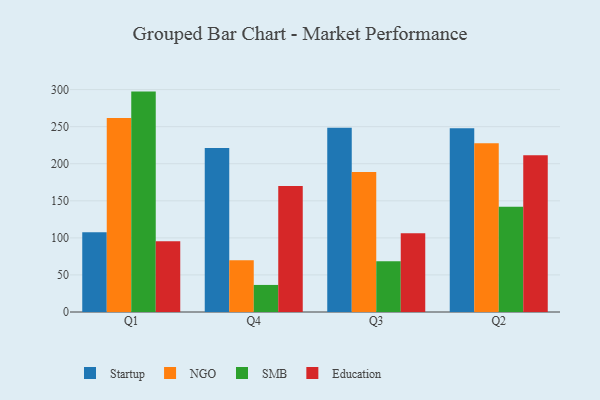
{"axis": {"x": "Quarter", "y": "Page Views"}, "legend": ["Education", "NGO", "SMB", "Startup"], "data": [{"x": "Q1", "y": 107.7, "type": "Startup"}, {"x": "Q1", "y": 261.8, "type": "NGO"}, {"x": "Q1", "y": 297.3, "type": "SMB"}, {"x": "Q1", "y": 95.6, "type": "Education"}, {"x": "Q4", "y": 221.1, "type": "Startup"}, {"x": "Q4", "y": 69.7, "type": "NGO"}, {"x": "Q4", "y": 36.5, "type": "SMB"}, {"x": "Q4", "y": 170.1, "type": "Education"}, {"x": "Q3", "y": 248.6, "type": "Startup"}, {"x": "Q3", "y": 188.7, "type": "NGO"}, {"x": "Q3", "y": 68.4, "type": "SMB"}, {"x": "Q3", "y": 106.3, "type": "Education"}, {"x": "Q2", "y": 247.7, "type": "Startup"}, {"x": "Q2", "y": 227.5, "type": "NGO"}, {"x": "Q2", "y": 142.1, "type": "SMB"}, {"x": "Q2", "y": 211.5, "type": "Education"}]}